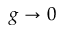
g \to 0